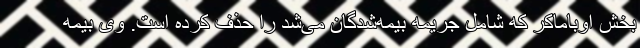
بخش اوباماکر که شامل جریمه بیمه‌شدگان می‌شد را حذف کرده است. وی بیمه